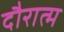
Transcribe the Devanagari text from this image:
दौरात्म